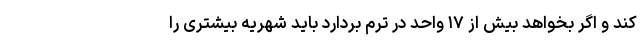
کند و اگر بخواهد بیش از ۱۷ واحد در ترم بردارد باید شهریه بیشتری را